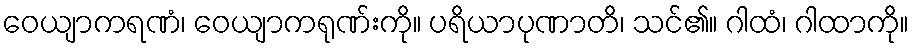
ဝေယျာကရဏံ၊ ဝေယျာကရုဏ်းကို။ ပရိယာပုဏာတိ၊ သင်၏။ ဂါထံ၊ ဂါထာကို။